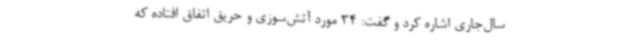
سال‌جاری اشاره کرد و گفت: 34 مورد آتش‌سوزی و حریق اتفاق افتاده که